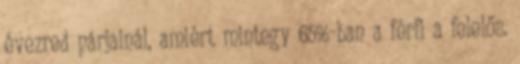
évezred párjainál, amiért mintegy 65%-ban a férfi a felelős.